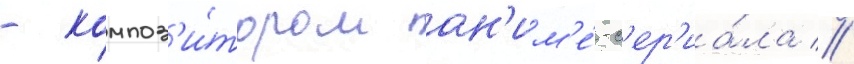
- композ'и́тором ан'им'е́-с'ер'иа́ла //